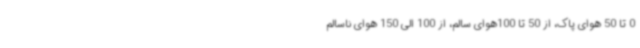
0 تا 50 هوای پاک، از 50 تا 100هوای سالم، از 100 الی 150 هوای ناسالم